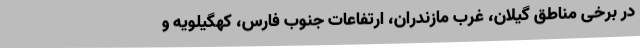
در برخی مناطق گیلان‌، غرب مازندران، ارتفاعات جنوب فارس، کهگیلویه و